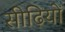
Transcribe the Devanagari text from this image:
सीढ़ियों